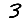
Digit: 3